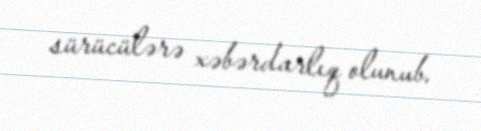
sürücülərə xəbərdarlıq olunub.